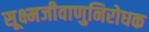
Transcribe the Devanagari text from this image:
सूक्ष्मजीवाणुनिरोधक